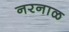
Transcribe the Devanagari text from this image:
नरनाळ